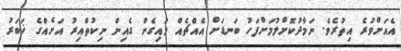
އެއަށްވުރެ އިތުރެވެ. ނަމާދުކޮށްލުމަށްފަހު ބަނޑަށް އެއްޗެއް ލައިގެން ގެއިން ނިކުތްއިރު އަށެއްގެ ޚަބަރު